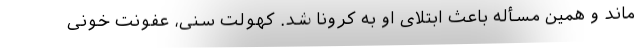
ماند و همین مسأله باعث ابتلای او به کرونا شد. کهولت سنی، عفونت خونی